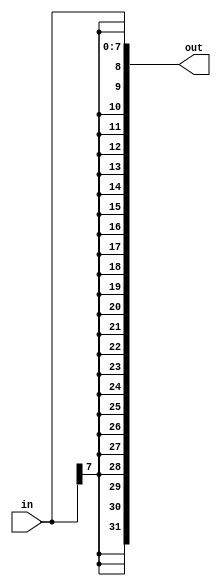
module top_module (
    input [7:0] in,
    output [31:0] out );//

    // in[7] is the most significant bit of input
    assign out = {{24{in[7]}}, in[7:0] };
endmodule